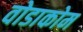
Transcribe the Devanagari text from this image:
वोडाकोम